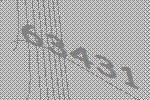
63431